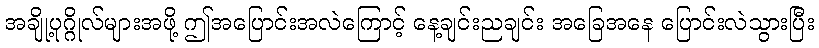
အချို့ပုဂ္ဂိုလ်များအဖို့ ဤအပြောင်းအလဲကြောင့် နေ့ချင်းညချင်း အခြေအနေ ပြောင်းလဲသွားပြီး